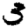
Digit: 3